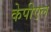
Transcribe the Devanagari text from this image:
केपीएल